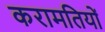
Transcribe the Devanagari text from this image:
करामतियों